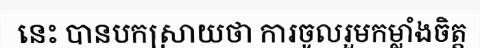
នេះ បានបកស្រាយថា ការចូលរួមកម្លាំងចិត្ត